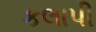
કલાપી